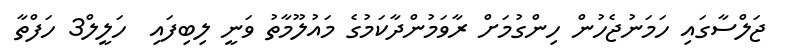
ޖަލްސާގައި ހަމަނުޖެހުން ހިންގުމަށް ރާވަމުންދާކަމުގެ މައުލޫމާތު ވަނީ ލިބިފައި  ހަލީލް3 ހަފްތާ